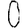
Digit: 0